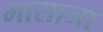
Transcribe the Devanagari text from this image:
मासाजा